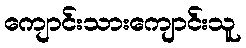
ကျောင်းသားကျောင်းသူ